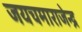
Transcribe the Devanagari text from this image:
जयचमाराजेन्द्र